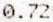
0.72